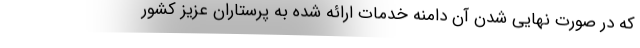
که در صورت نهایی شدن آن دامنه خدمات ارائه شده به پرستاران عزیز کشور